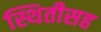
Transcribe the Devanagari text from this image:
स्थितीसह